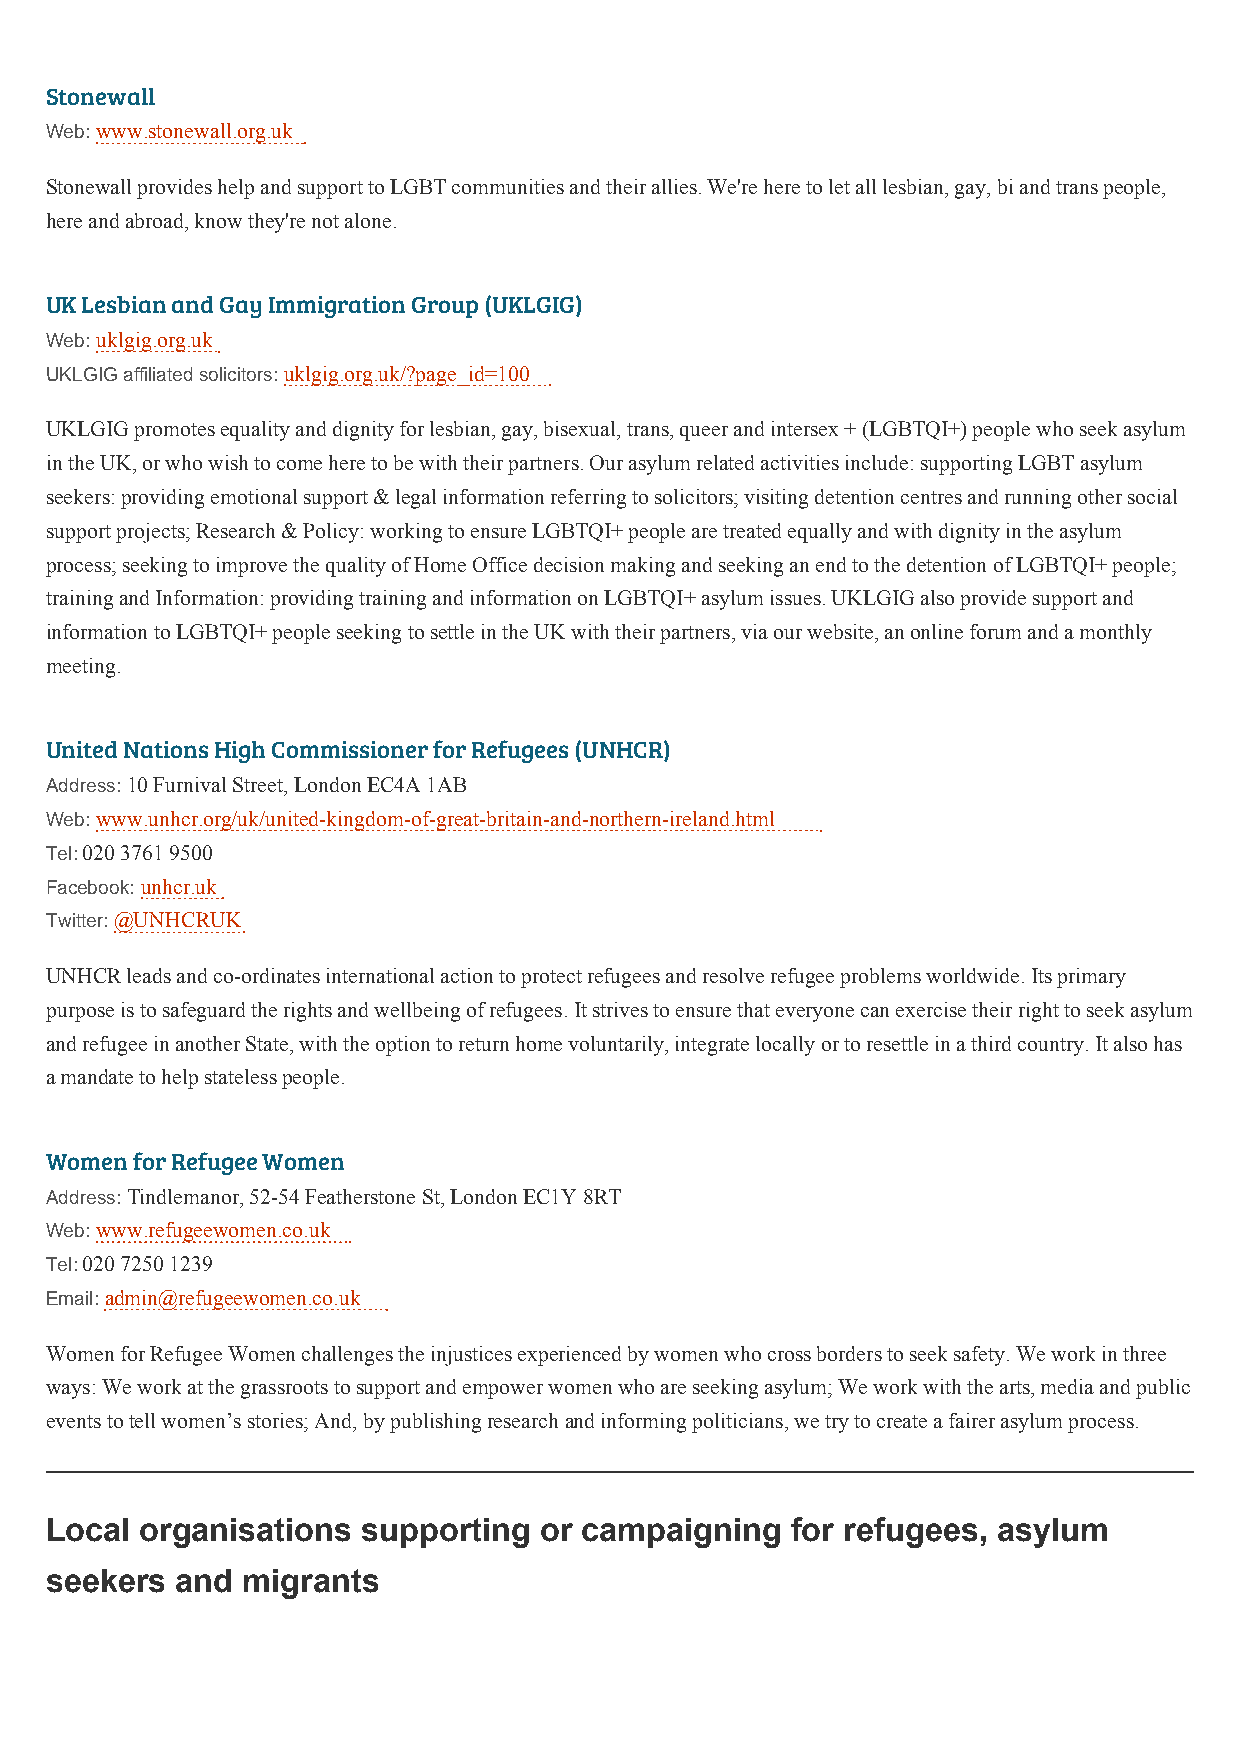
Stonewall
 Web: www.stonewall.org.uk
 Stonewall provides help and support to LGBT communities and their allies. We're here to let all lesbian, gay, bi and trans people,
 here and abroad, know they're not alone.
 UK Lesbian and Gay Immigration Group (UKLGIG)
 Web: uklgig.org.uk
 UKLGIG affiliated solicitors: uklgig.org.uk/?page_id=100
 UKLGIG promotes equality and dignity for lesbian, gay, bisexual, trans, queer and intersex + (LGBTQI+) people who seek asylum
 in the UK, or who wish to come here to be with their partners. Our asylum related activities include: supporting LGBT asylum
 seekers: providing emotional support & legal information referring to solicitors; visiting detention centres and running other social
 support projects; Research & Policy: working to ensure LGBTQI+ people are treated equally and with dignity in the asylum
 process; seeking to improve the quality of Home Office decision making and seeking an end to the detention of LGBTQI+ people;
 training and Information: providing training and information on LGBTQI+ asylum issues. UKLGIG also provide support and
 information to LGBTQI+ people seeking to settle in the UK with their partners, via our website, an online forum and a monthly
 meeting.
 United Nations High Commissioner for Refugees (UNHCR)
 Address: 10 Furnival Street, London EC4A 1AB
 Web: www.unhcr.org/uk/united-kingdom-of-great-britain-and-northern-ireland.html
 Tel: 020 3761 9500
 Facebook: unhcr.uk
 Twitter: @UNHCRUK
 UNHCR leads and co-ordinates international action to protect refugees and resolve refugee problems worldwide. Its primary
 purpose is to safeguard the rights and wellbeing of refugees. It strives to ensure that everyone can exercise their right to seek asylum
 and refugee in another State, with the option to return home voluntarily, integrate locally or to resettle in a third country. It also has
 a mandate to help stateless people.
 Women for Refugee Women
 Address: Tindlemanor, 52-54 Featherstone St, London EC1Y 8RT
 Web: www.refugeewomen.co.uk
 Tel: 020 7250 1239
 Email: admin@refugeewomen.co.uk
 Women for Refugee Women challenges the injustices experienced by women who cross borders to seek safety. We work in three
 ways: We work at the grassroots to support and empower women who are seeking asylum; We work with the arts, media and public
 events to tell women’s stories; And, by publishing research and informing politicians, we try to create a fairer asylum process.
 Local organisations  supporting  or campaigning  for refugees, asylum
 seekers  and migrants